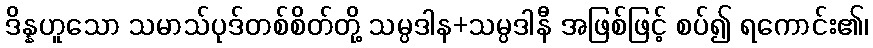
ဒိန္နဟူသော သမာသ်ပုဒ်တစ်စိတ်တို့ သမ္ပဒါန+သမ္ပဒါနီ အဖြစ်ဖြင့် စပ်၍ ရကောင်း၏၊